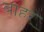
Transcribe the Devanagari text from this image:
बाहर्